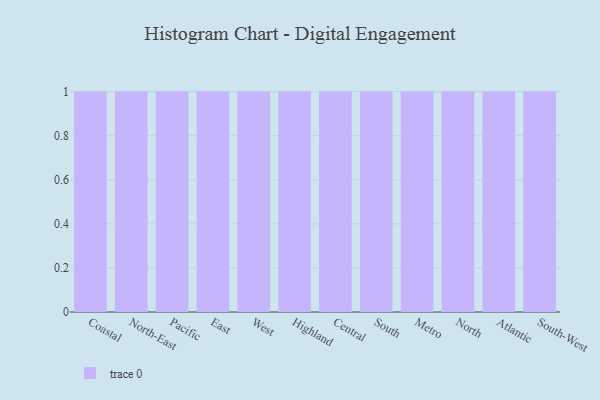
{"axis": {"x": "Region", "y": "Tickets Resolved"}, "legend": [""], "data": [{"x": "Coastal", "y": 48, "type": ""}, {"x": "North-East", "y": 47, "type": ""}, {"x": "Pacific", "y": 85, "type": ""}, {"x": "East", "y": 93, "type": ""}, {"x": "West", "y": 56, "type": ""}, {"x": "Highland", "y": 70, "type": ""}, {"x": "Central", "y": 12, "type": ""}, {"x": "South", "y": 11, "type": ""}, {"x": "Metro", "y": 20, "type": ""}, {"x": "North", "y": 26, "type": ""}, {"x": "Atlantic", "y": 61, "type": ""}, {"x": "South-West", "y": 55, "type": ""}]}